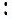
: